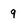
Character: q